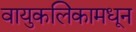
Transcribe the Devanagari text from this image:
वायुकलिकामधून